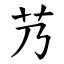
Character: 艿